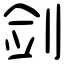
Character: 剑